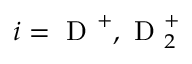
i = \mathrm { ~ D ~ } ^ { + } , \mathrm { ~ D ~ } _ { 2 } ^ { + }